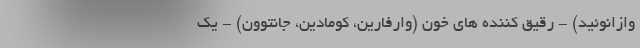
وازانوئید) - رقیق کننده های خون (وارفارین، کومادین، جانتوون) - یک